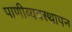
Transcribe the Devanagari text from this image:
पाणीव्यवस्थापन